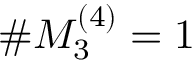
\# M _ { 3 } ^ { ( 4 ) } = 1